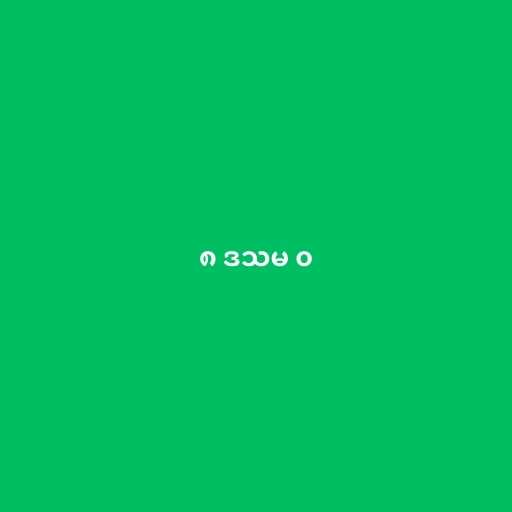
၈ ဒသမ ၀